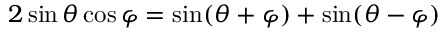
2 \sin \theta \cos \varphi = { \sin ( \theta + \varphi ) + \sin ( \theta - \varphi ) }